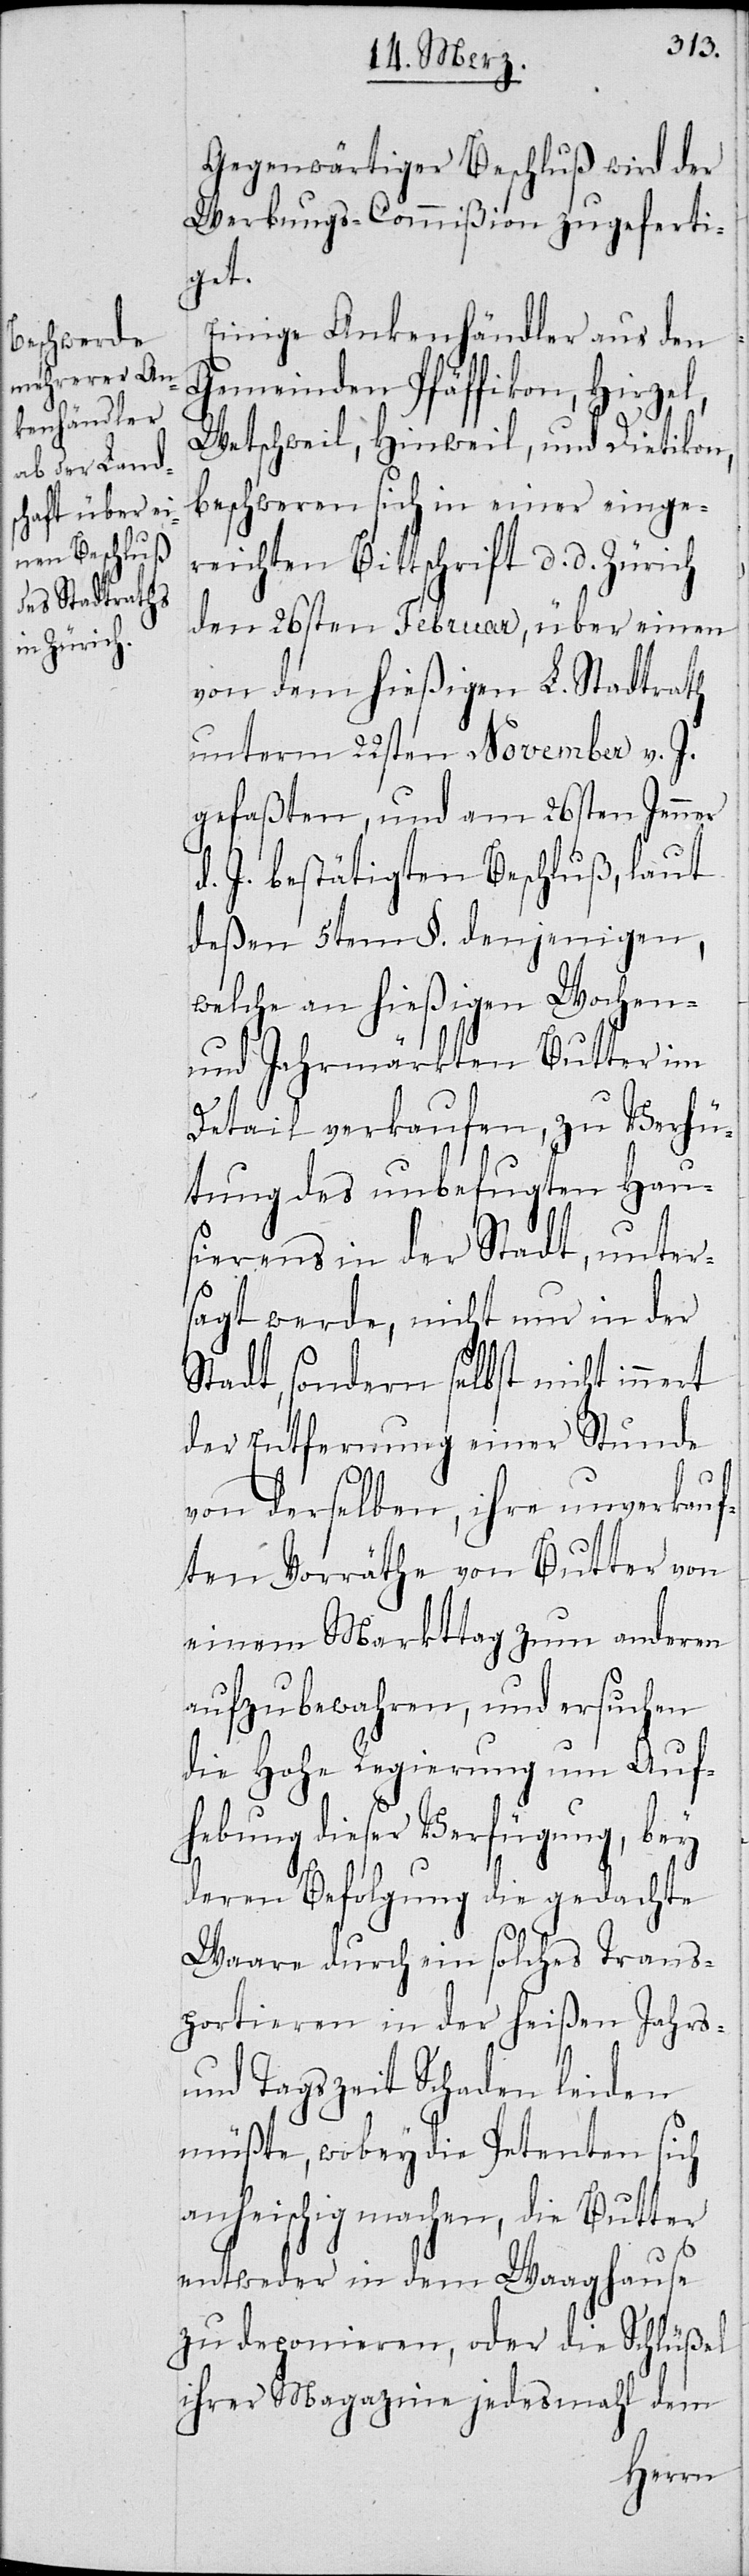
Gegenwärtiger Beschluß wird der
Werbungs-Commißion zugeferti¬
get.
Einige Ankenhändler aus den
Gemeinden Pfäffikon, Hirzel,
Wetschweil, Hinweil, und Dietikon,
beschweren sich in einer einge¬
reichten Bittschrift d. d. Zürich
den 26sten Februar, über einen
von dem hießigen L. Stadtrath
unterm 22sten November v. J.
gefaßten, und am 26sten Jenner
d. J. bestätigten Beschluß, laut
deßen 5ten §. denjenigen,
welche an hießigen Wochen-
und Jahrmärkten Butter im
Detail verkaufen, zu Verhü¬
tung des unbefugten Hau¬
sierens in der Stadt, unter¬
sagt werde, nicht nur in der
Stadt, sondern selbst nicht innert
der Entfernung einer Stunde
von derselben, ihre unverkauf¬
ten Vorräthe von Butter von
einem Markttag zum anderen
aufzubewahren, und ersuchen
die Hohe Regierung um Auf¬
hebung dieser Verfügung, bey
deren Befolgung die gedachte
Waare durch ein solches Trans¬
portieren in der heißen Jahrs-
und Tagszeit Schaden leiden
müßte, wobey die Petenten sich
anheischig machen, die Butter
entweder in dem Waaghause
zu deponieren, oder die Schlüßel
ihrer Magazine jedesmahl dem